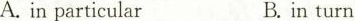
A.in particular B.in turn